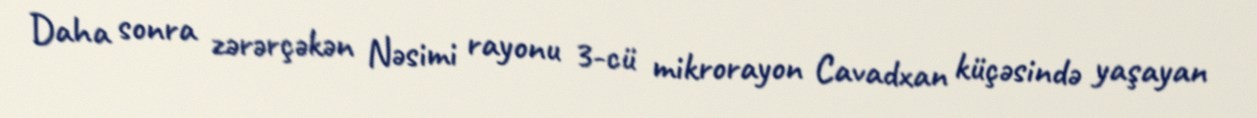
Daha sonra zərərçəkən Nəsimi rayonu 3-cü mikrorayon Cavadxan küçəsində yaşayan